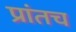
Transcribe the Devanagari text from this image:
प्रांतच